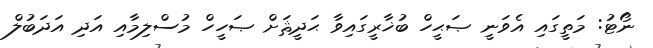
ނޯޓު: މަތީގައި އެވަނީ ޞަޙީހް ބުޚާރީގައިވާ ޙަދީޘަށް ޞަހީހް މުސްލިމާއި އަދި އަދަބުލް